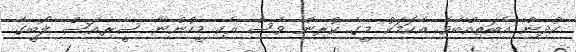
ކުދިން އެބަތިއްބެވެ. އެކަމަކު މީގެ ކުރިން ވެސް އެކި މީހުންނާ ސީރިއަސް ލޯބީގެ